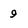
Character: 9